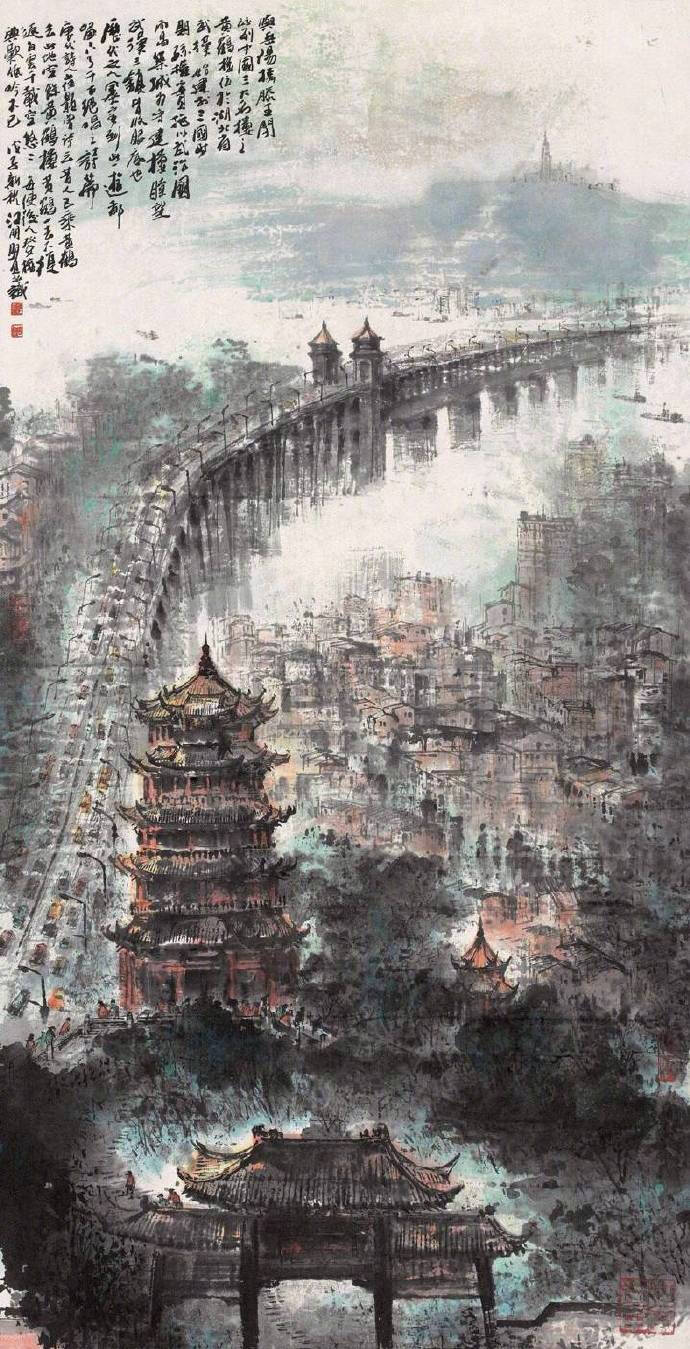
何日请缨提锐旅，一鞭直渡清河洛。